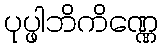
ပုပ္ဖါဘိကိဏ္ဏေ